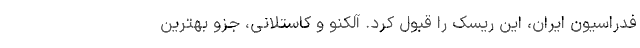
فدراسیون ایران، این ریسک را قبول کرد. آلکنو و کاستلانی، جزو بهترین